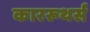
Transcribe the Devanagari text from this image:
काररूथर्स